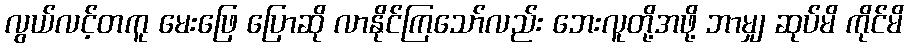
လွယ်လင့်တကူ မေးဖြေ ပြောဆို လာနိုင်ကြသော်လည်း ဘေးလူတို့အဖို့ ဘာမျှ ဆုပ်မိ ကိုင်မိ